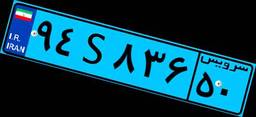
۲۷S۷۴۴۱۲